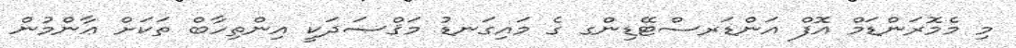
މި މެމޮރަންޑަމް އޮފް އަންޑަރސްޓޭޑިންގ ގެ މައިގަނޑު މަޤްޞަދަކީ އިންތިހާބް ތަކަށް ޢާންމުން